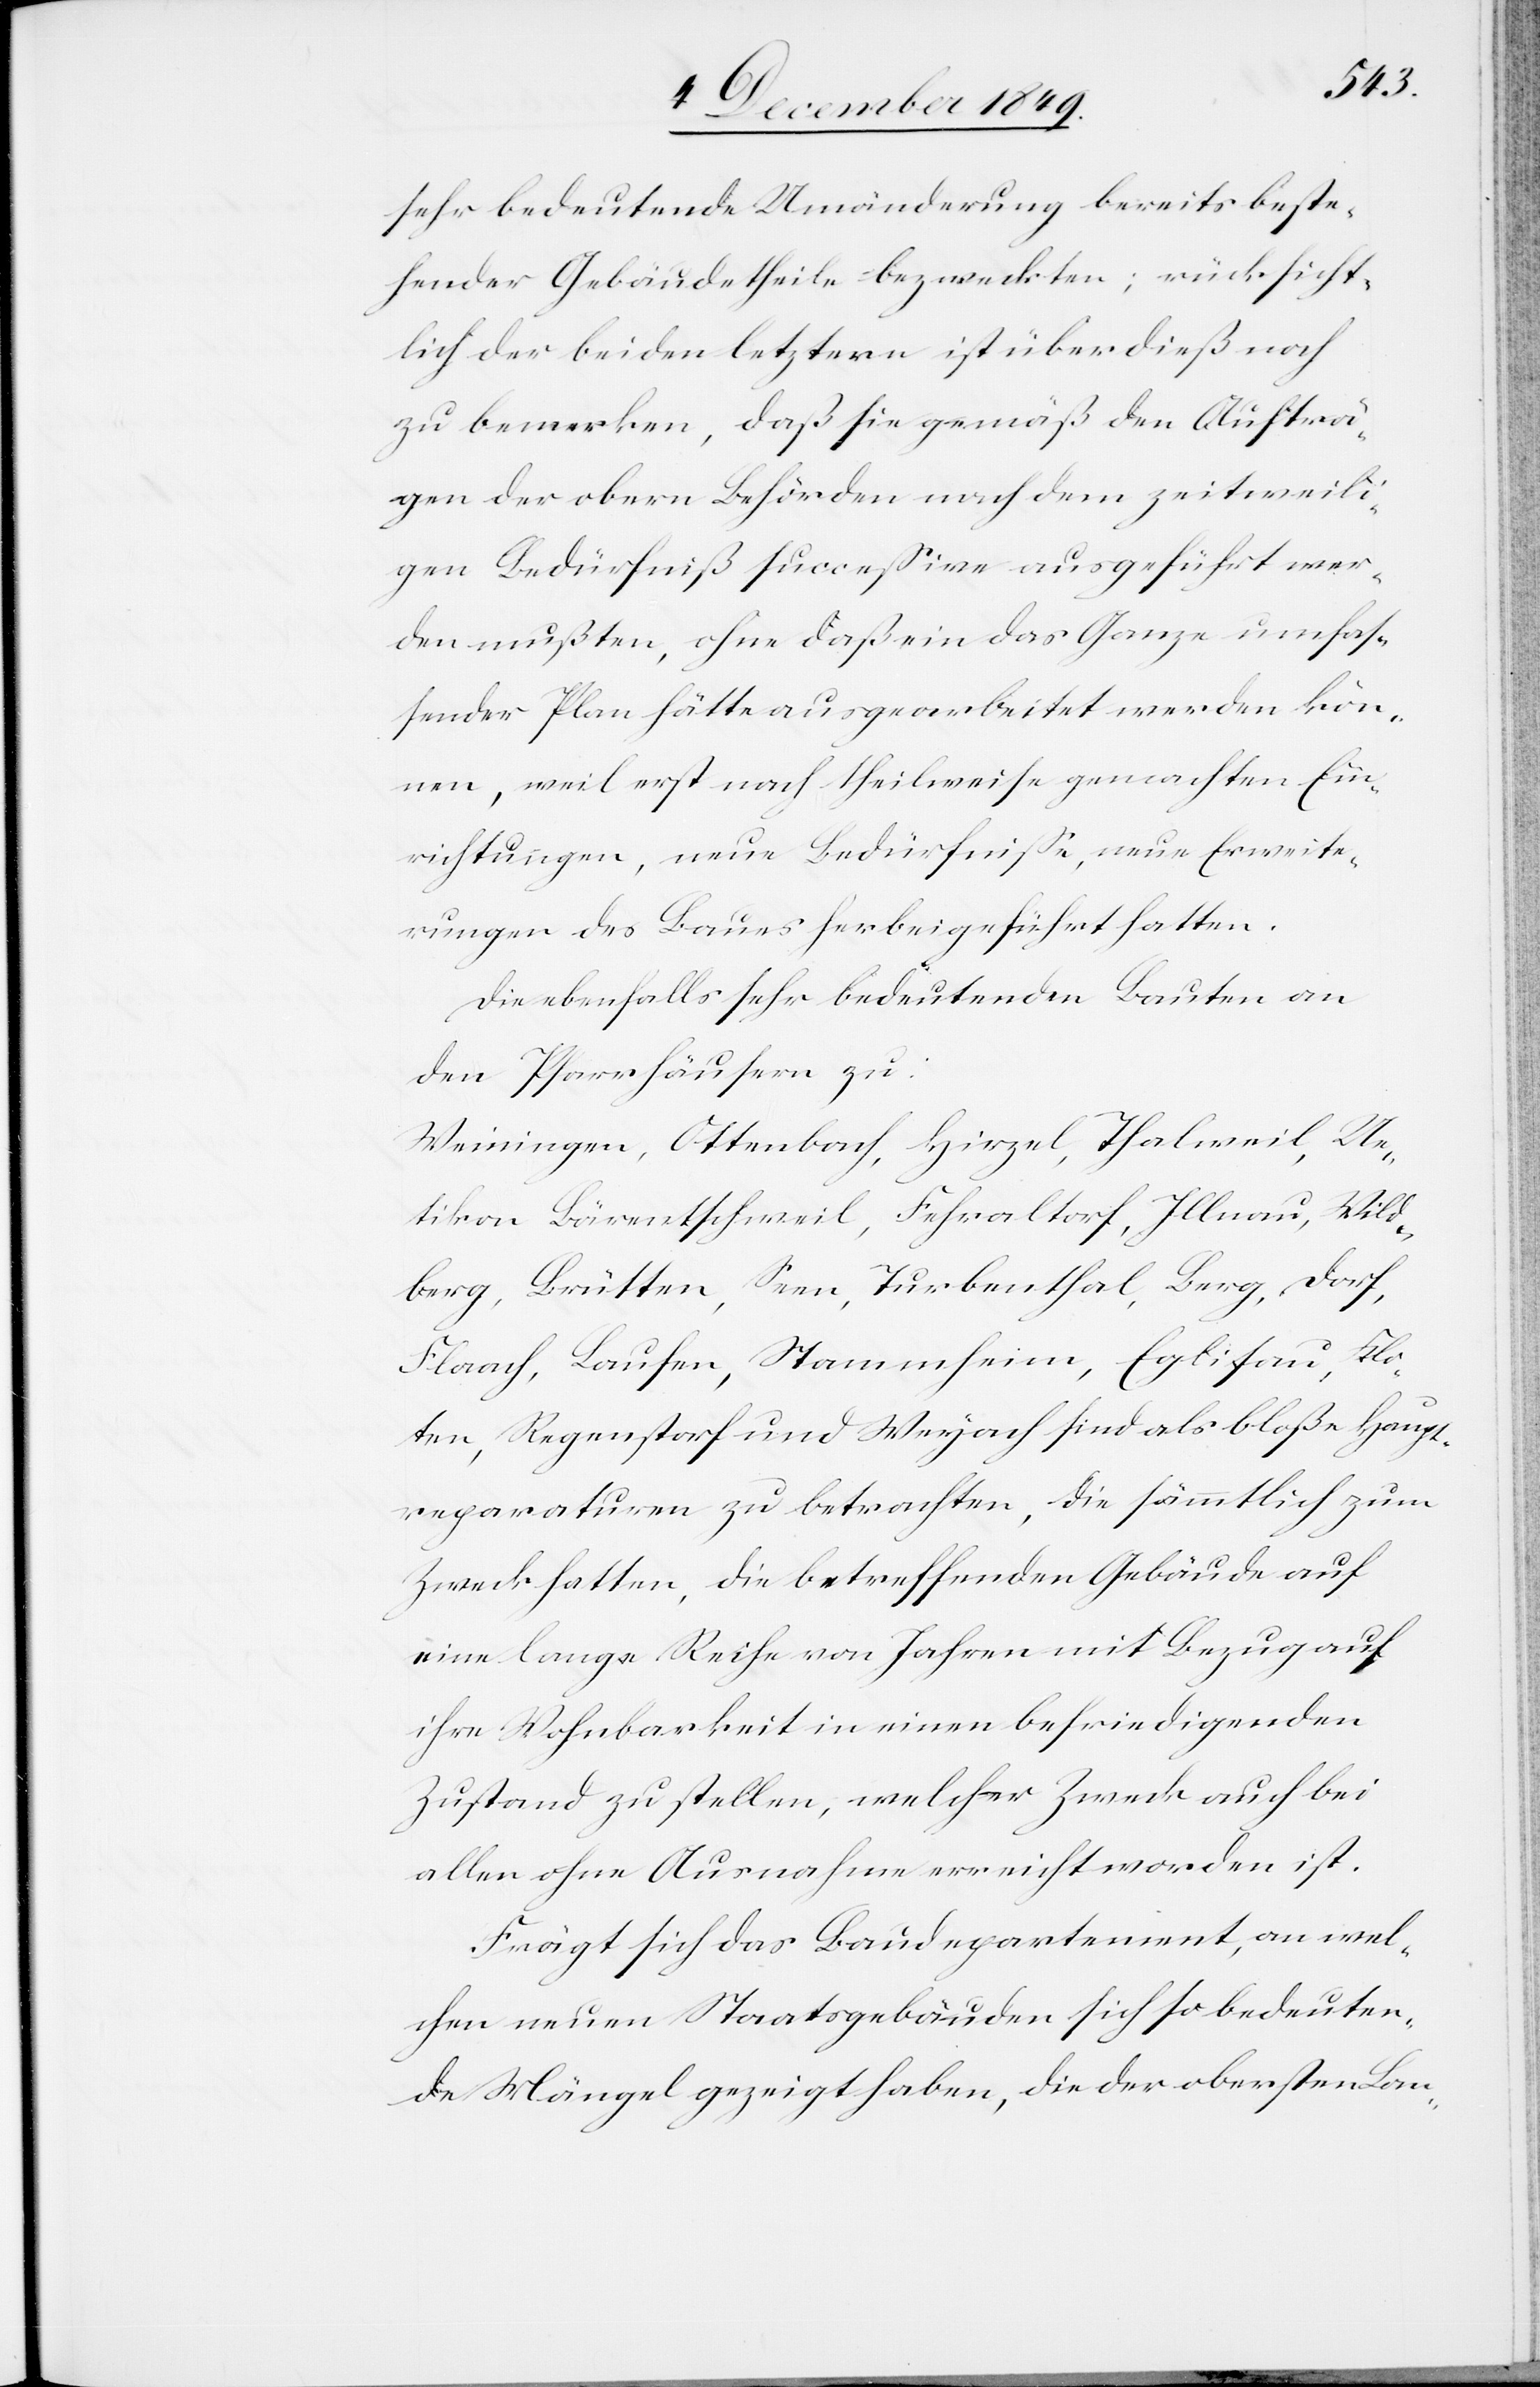
sehr bedeutende Umänderung bereits beste¬
hender Gebäudetheile bezweckten; rücksicht¬
lich der beiden letzten ist überdieß noch
zu bemerken, daß sie gemäß den Aufträ¬
gen der obern Behörden nach dem zeitweili¬
gen Bedürfniß succeßive ausgeführt wer¬
den mußten, ohne daß ein das Ganze umfas¬
sender Plan hätte ausgearbeitet werden kön¬
nen, weil erst nach theilweise gemachten Ein¬
richtungen, neue Bedürfniße, neue Erweite¬
rungen des Baues herbeigeführt hatten.
Die ebenfalls sehr bedeutenden Bauten an
den Pfarrhäusern zu:
Weiningen, Ottenbach, Hirzel, Thalweil, Ue¬
tikon Bärentschweil, Fehraltorf, Illnau, Wild¬
berg, Brütten, Seen, Turbenthal, Berg, Dor¬
f-Flaach, Laufen, Stammheim, Eglisau, Klo¬
ten, Regenstorf und Weynach sind als bloße Haupt¬
reparaturen zu betrachten, die sämmtlich zum
Zweck hatten, die betreffenden Gebäude auf
eine lange Reihe von Jahren mit Bezug auf
ihre Wohnbarkeit in einen befriedigenden
Zustand zu stellen, welcher Zweck auch bei
allen ohne Ausnahme erreicht worden ist.
Frägt sich das Baudepartement, an wel¬
chen neuen Staatsgebäuden sich so bedeuten¬
de Mängel gezeigt haben, die der obersten Bun-